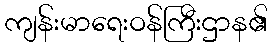
ကျန်းမာရေးဝန်ကြီးဌာန၏